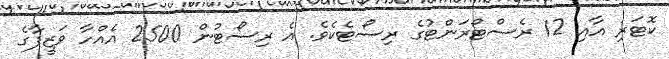
ކޮޓަރި އާއި 12 ރެސްޓޯރަންޓުގެ ރިސޯޓެކެވެ. އެ ރިސޯޓުން 2500 އެއްހާ ވަޒީފާގެ